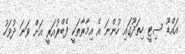
އައްޑޫ ސިޓީ ހިތަދޫގައި ހުންނަ އެ އިމާރާތަކީ ފެބްރުއަރީ އަށް ވަނަ ދުވަހު